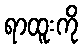
ရာထူးကို